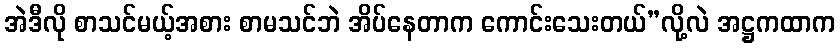
အဲဒီလို စာသင်မယ့်အစား စာမသင်ဘဲ အိပ်နေတာက ကောင်းသေးတယ်”လို့လဲ အဋ္ဌကထာက